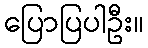
ပြောပြပါဦး။